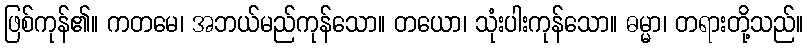
ဖြစ်ကုန်၏။ ကတမေ၊ အဘယ်မည်ကုန်သော။ တယော၊ သုံးပါးကုန်သော။ ဓမ္မာ၊ တရားတို့သည်။